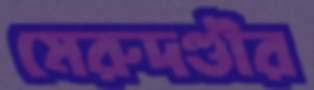
মেরুদণ্ডীর